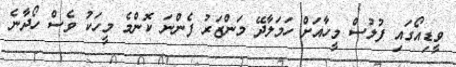
ވީޑިއޯގައި ފުލުސް މީހާއަށް ހަަމަލާދޭ މަންޒަރު ފެންނަ ކޮންމެ މީހަކު ވެސް ހޯދާނެ